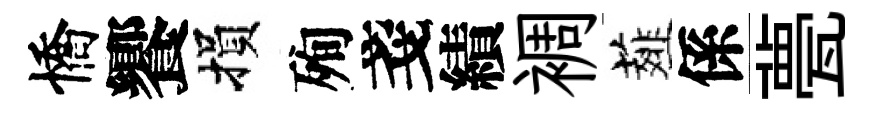
憍饗損殉戔績裯薤係甍